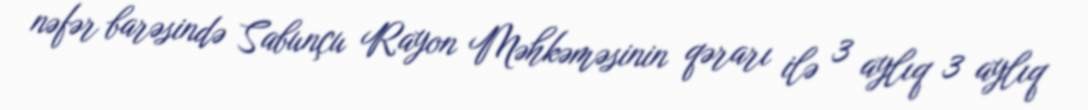
nəfər barəsində Sabunçu Rayon Məhkəməsinin qərarı ilə 3 aylıq 3 aylıq